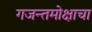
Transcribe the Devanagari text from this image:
गजन्तमोक्षाचा